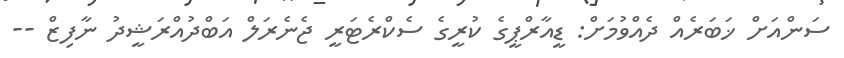
ސަންއަށް ޚަބަރެއް ދެއްވުމަށް: ޑީއާރްޕީގެ ކުރީގެ ސެކްރެޓަރީ ޖެނެރަލް އަބްދުއްރަޝީދު ނާފިޒް --